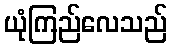
ယုံကြည်လေသည်